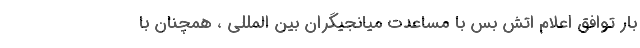
بار توافق اعلام اتش بس با مساعدت میانجیگران بین المللی ، همچنان با